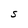
Character: S